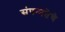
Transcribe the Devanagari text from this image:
संपन्‍नतेचे